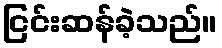
ငြင်းဆန်ခဲ့သည်။